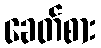
ခေတ်စား